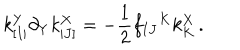
k _ { [ I | } ^ { Y } \partial _ { Y } k _ { | J ] } ^ { X } = - \frac 1 2 f _ { I J } { } ^ { K } k _ { K } ^ { X } \, .